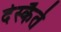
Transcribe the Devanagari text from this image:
देस्कैते